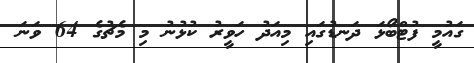
ގައުމީ ފުޓްބޯޅަ ދަނޑުގައި މިއަދު ހަވީރު ކުޅުނު މި މެޗުގެ 64 ވަނަ